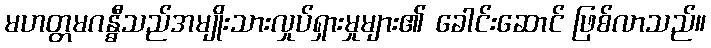
မဟတ္တမဂန္ဓီသည်အမျိုးသားလှုပ်ရှားမှုများ၏ ခေါင်းဆောင် ဖြစ်လာသည်။